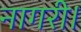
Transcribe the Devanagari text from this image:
नागरी।